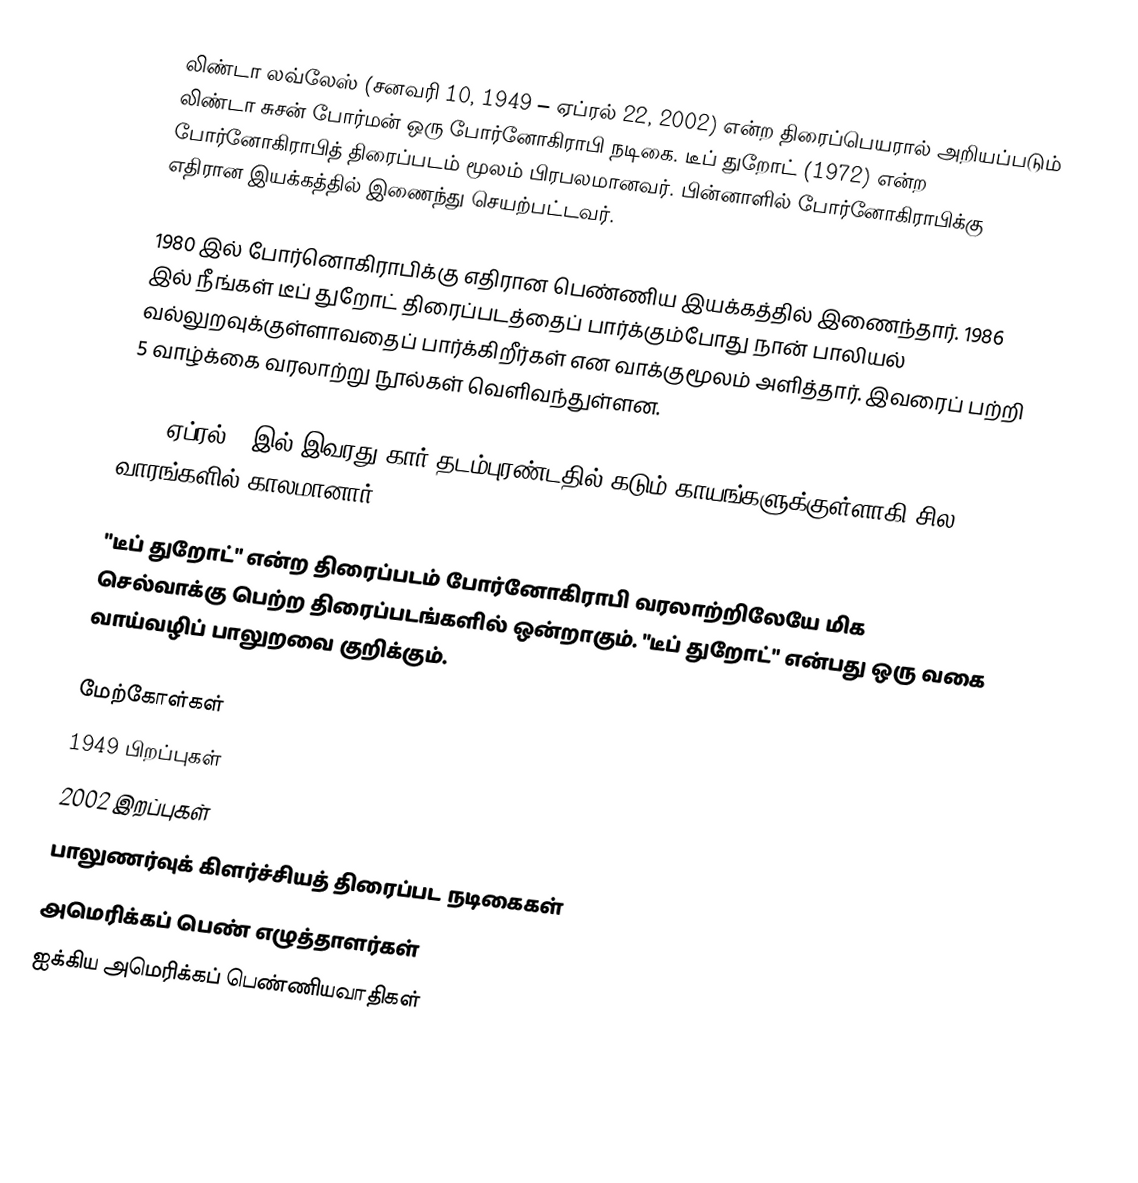
லிண்டா லவ்லேஸ் (சனவரி 10, 1949 – ஏப்ரல் 22, 2002) என்ற திரைப்பெயரால் அறியப்படும் லிண்டா சுசன் போர்மன் ஒரு போர்னோகிராபி நடிகை. டீப் துறோட் (1972) என்ற போர்னோகிராபித் திரைப்படம் மூலம் பிரபலமானவர். பின்னாளில் போர்னோகிராபிக்கு எதிரான இயக்கத்தில் இணைந்து செயற்பட்டவர்.

1980 இல் போர்னொகிராபிக்கு எதிரான பெண்ணிய இயக்கத்தில் இணைந்தார். 1986 இல் நீங்கள் டீப் துறோட் திரைப்படத்தைப் பார்க்கும்போது நான் பாலியல் வல்லுறவுக்குள்ளாவதைப் பார்க்கிறீர்கள் என வாக்குமூலம் அளித்தார். இவரைப் பற்றி 5 வாழ்க்கை வரலாற்று நூல்கள் வெளிவந்துள்ளன.

2002 ஏப்ரல் 3 இல் இவரது கார் தடம்புரண்டதில் கடும் காயங்களுக்குள்ளாகி சில வாரங்களில் காலமானார்.

"டீப் துறோட்" என்ற திரைப்படம் போர்னோகிராபி வரலாற்றிலேயே மிக செல்வாக்கு பெற்ற திரைப்படங்களில் ஒன்றாகும். "டீப் துறோட்" என்பது ஒரு வகை வாய்வழிப் பாலுறவை குறிக்கும்.

மேற்கோள்கள்
1949 பிறப்புகள்
2002 இறப்புகள்
பாலுணர்வுக் கிளர்ச்சியத் திரைப்பட நடிகைகள்
அமெரிக்கப் பெண் எழுத்தாளர்கள்
ஐக்கிய அமெரிக்கப் பெண்ணியவாதிகள்